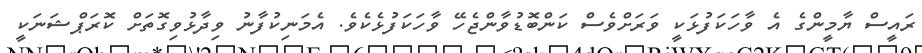
ރައީސް ޔާމީންގެ އެ ވާހަކަފުޅަކީ ވަރަށްވެސް ކަންބޮޑުވާންޖެހޭ ވާހަކަފުޅެކެވެ. އެމަނިކުފާނު ވިދާޅުވިގޮތަށް ކޮރަޕްޝަނަކީ